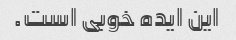
این ایده خوبی است.